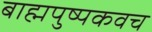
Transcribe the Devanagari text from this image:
बाह्मपुष्पकवच